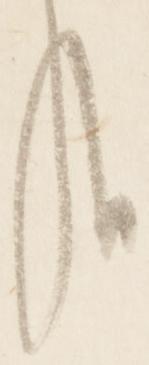
哉